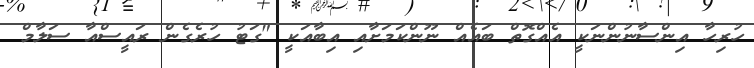
ހުރިހާ އިންސާނުންނަކީ އެއްގޮތް ބައެއް ނޫންކަމަށާއި އިބާއަކީ "ގަޓު ހުރެގެން ރައީސްއާ ސަލާމް